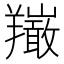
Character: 𦏦